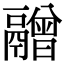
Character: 䰝